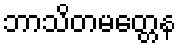
ဘာသိတမတ္တေန